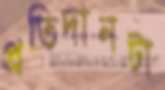
প্রতিদানটা